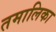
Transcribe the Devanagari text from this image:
तमालिका